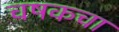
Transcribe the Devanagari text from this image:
चषकचा